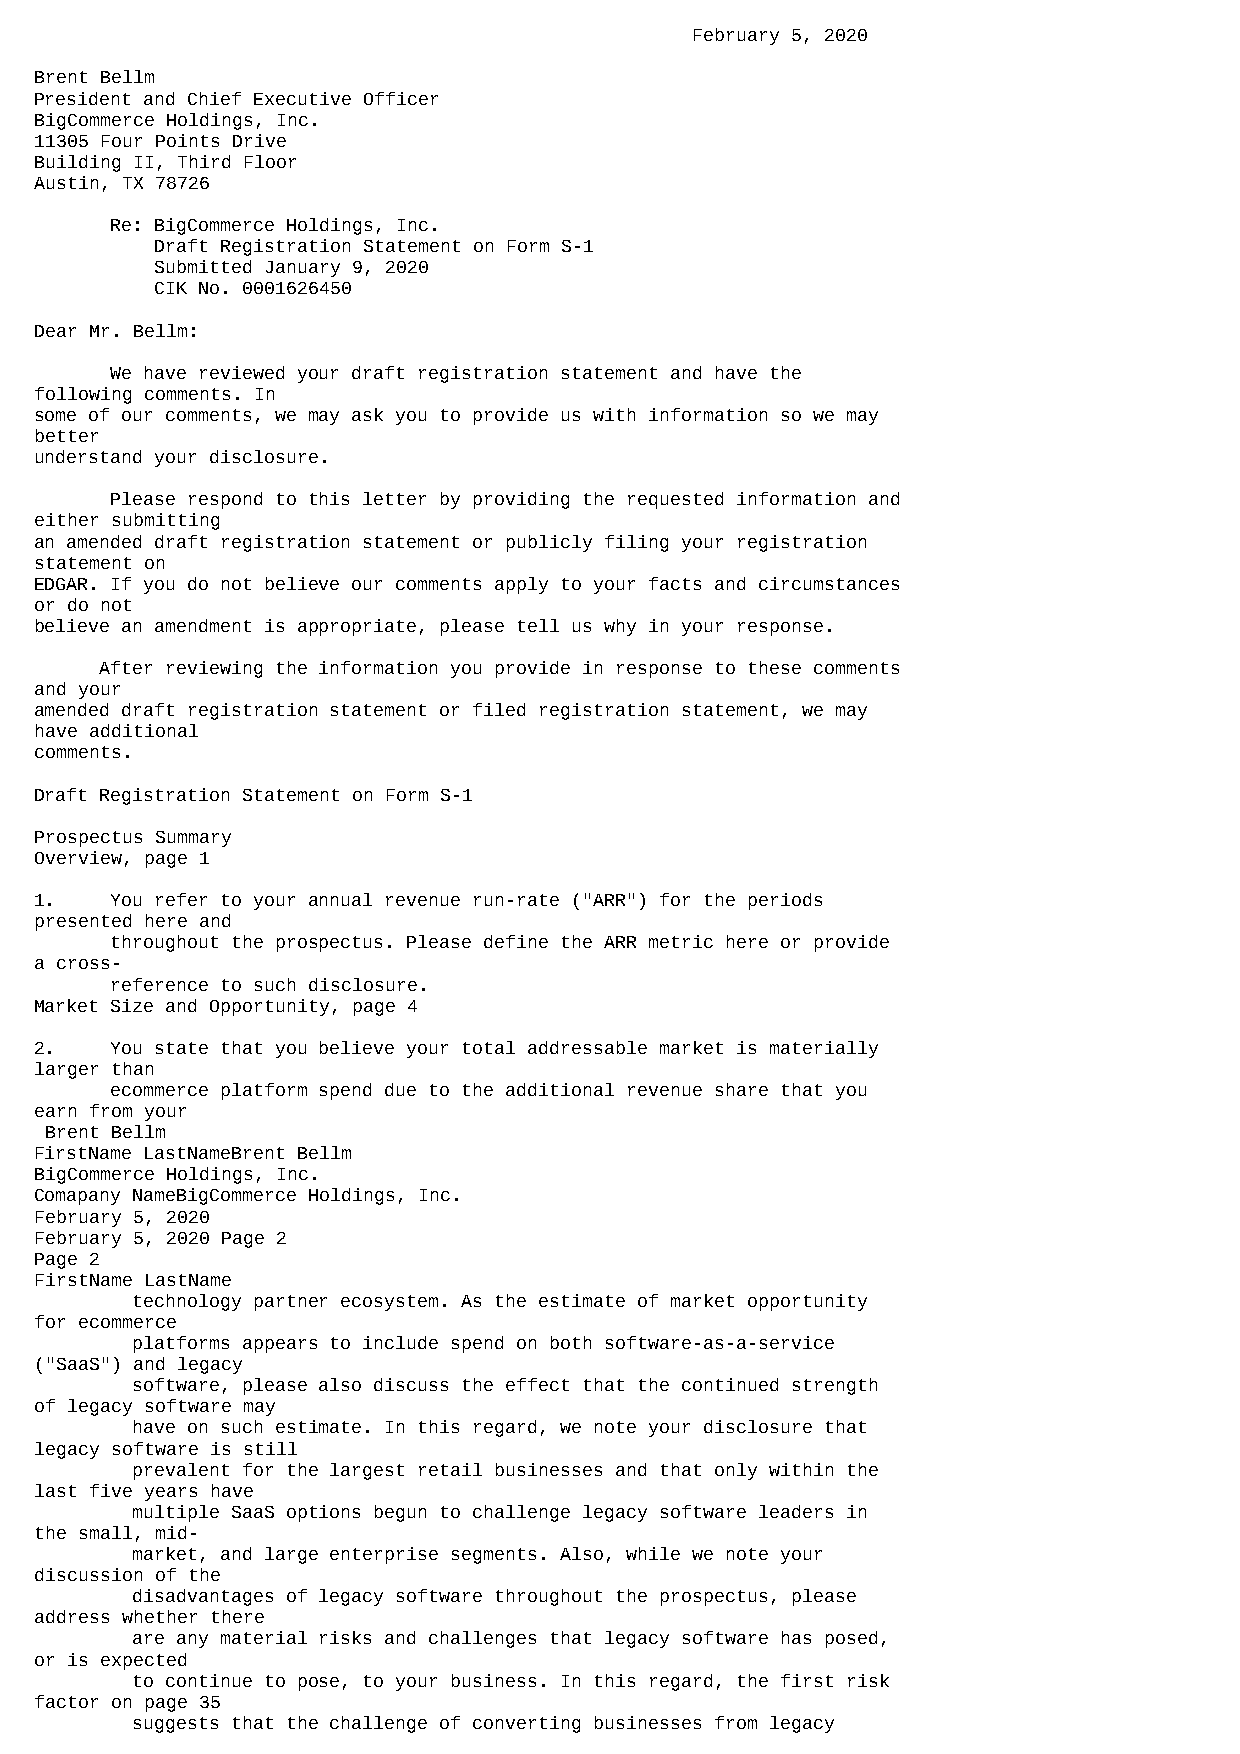
February 5, 2020
 Brent Bellm
 President and Chief Executive Officer
 BigCommerce Holdings, Inc.
 11305 Four Points Drive
 Building II, Third Floor
 Austin, TX 78726
 Re: BigCommerce Holdings, Inc.
 Draft Registration Statement on Form S-1
 Submitted January 9, 2020
 CIK No. 0001626450
 Dear Mr. Bellm:
 We have reviewed your draft registration statement and have the
 following comments. In
 some of our comments, we may ask you to provide us with information so we may
 better
 understand your disclosure.
 Please respond to this letter by providing the requested information and
 either submitting
 an amended draft registration statement or publicly filing your registration
 statement on
 EDGAR. If you do not believe our comments apply to your facts and circumstances
 or do not
 believe an amendment is appropriate, please tell us why in your response.
 After reviewing the information you provide in response to these comments
 and your
 amended draft registration statement or filed registration statement, we may
 have additional
 comments.
 Draft Registration Statement on Form S-1
 Prospectus Summary
 Overview, page 1
 1.   You refer to your annual revenue run-rate ("ARR") for the periods
 presented here and
 throughout the prospectus. Please define the ARR metric here or provide
 a cross-
 reference to such disclosure.
 Market Size and Opportunity, page 4
 2.   You state that you believe your total addressable market is materially
 larger than
 ecommerce platform spend due to the additional revenue share that you
 earn from your
 Brent Bellm
 FirstName LastNameBrent Bellm
 BigCommerce Holdings, Inc.
 Comapany NameBigCommerce Holdings, Inc.
 February 5, 2020
 February 5, 2020 Page 2
 Page 2
 FirstName LastName
 technology partner ecosystem. As the estimate of market opportunity
 for ecommerce
 platforms appears to include spend on both software-as-a-service
 ("SaaS") and legacy
 software, please also discuss the effect that the continued strength
 of legacy software may
 have on such estimate. In this regard, we note your disclosure that
 legacy software is still
 prevalent for the largest retail businesses and that only within the
 last five years have
 multiple SaaS options begun to challenge legacy software leaders in
 the small, mid-
 market, and large enterprise segments. Also, while we note your
 discussion of the
 disadvantages of legacy software throughout the prospectus, please
 address whether there
 are any material risks and challenges that legacy software has posed,
 or is expected
 to continue to pose, to your business. In this regard, the first risk
 factor on page 35
 suggests that the challenge of converting businesses from legacy